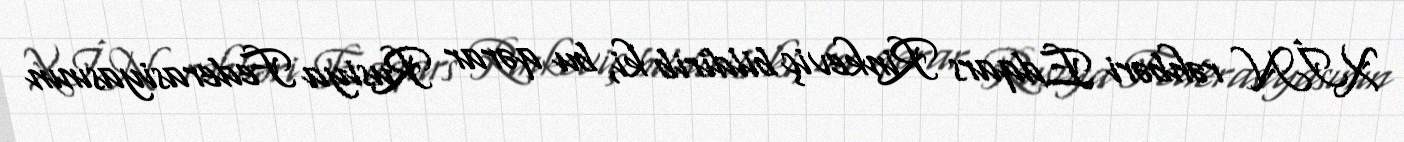
XİN rəhbəri Edqars Rinkeviç bildirib ki, bu qərar Rusiya Federasiyasının